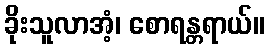
ခိုးသူလာအံ့၊ စောရန္တရာယ်။